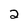
Character: 2